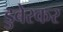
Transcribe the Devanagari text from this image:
डुबेरकर